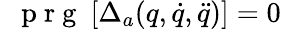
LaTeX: \mathrm{~\textbf~{~p~r~g~}~}[\Delta_{a}(q,\dot{q},\ddot{q})]=0